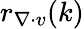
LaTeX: r_{\mathbf{\nabla}\cdot v}(k)